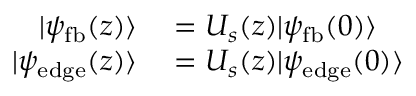
\begin{array} { r l } { | \psi _ { \mathrm { f b } } ( z ) \rangle } & { { } = U _ { s } ( z ) | \psi _ { \mathrm { f b } } ( 0 ) \rangle } \\ { | \psi _ { \mathrm { e d g e } } ( z ) \rangle } & { { } = U _ { s } ( z ) | \psi _ { \mathrm { e d g e } } ( 0 ) \rangle } \end{array}